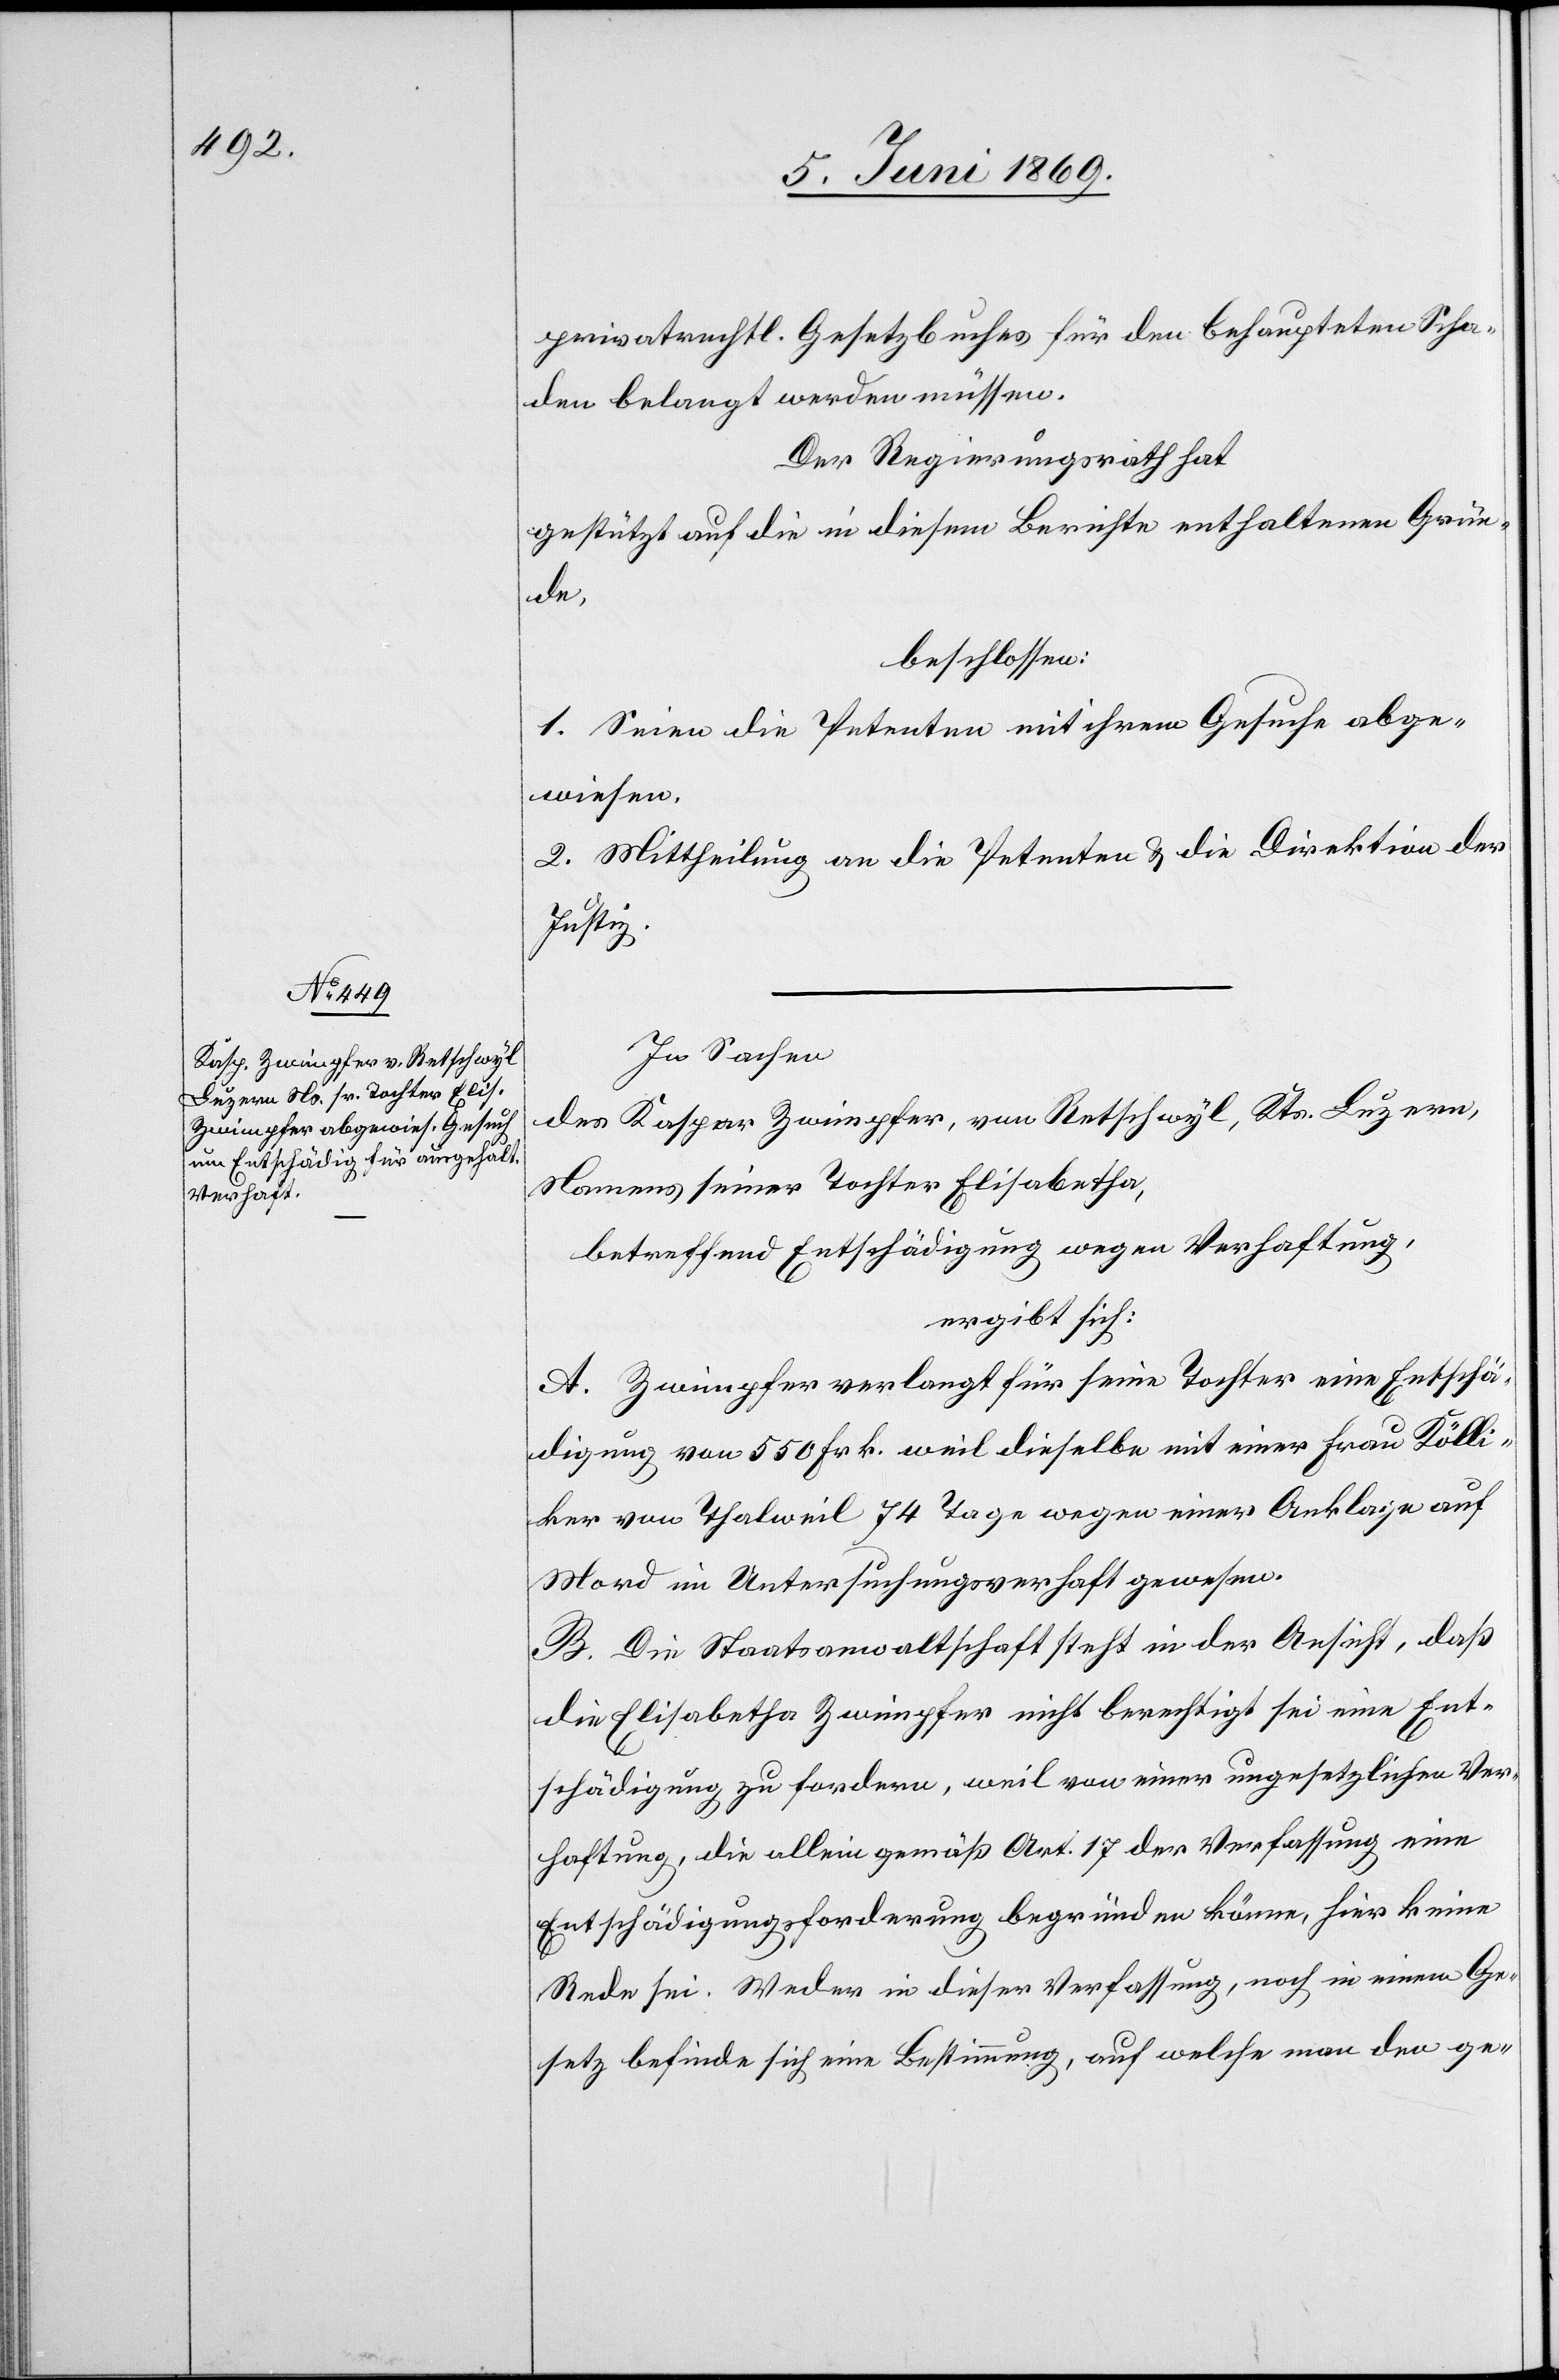
privatrechtl. Gesetzbuches für den behaupteten Scha¬
den belangt werden müssen.
Der Regierungsrath hat,
gestützt auf die in diesem Berichte enthaltenen Grün¬
de,
beschlossen:
1. Seien die Petenten mit ihrem Gesuche abge¬
wiesen.
2. Mittheilung an die Petenten u. die Direktion der
Justiz.
In Sachen
des Kaspar Zwimpfer, von Retschwyl, Kts. Luzern,
Namens seiner Tochter Elisabetha,
betreffend Entschädigung wegen Verhaftung,
ergibt sich:
A. Zwinpfer verlangt für seine Tochter eine Entschä¬
digung von 550 Frk. weil dieselbe mit einer Frau Kölli¬
ker von Thalweil 74 Tage wegen einer Anklage auf
Mord in Untersuchungsverhaft gewesen.
B. Die Staatsanwaltschaft steht in der Ansicht, daß
die Elisabetha Zwimpfer nicht berechtigt sei eine Ent¬
schädigung zu fordern, weil von einer ungesetzlichen Ver¬
haftung, die allein gemäß Art. 17 der Verfassung eine
Entschädigungsforderung begründen könne, hier keine
Rede sei. Weder in dieser Verfassung, noch in einem Ge¬
setz befinde sich eine Bestimmung, auf welche man den ge-